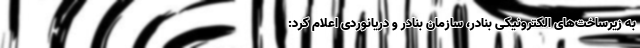
به زیرساخت‌های الکترونیکی بنادر، سازمان بنادر و دریانوردی اعلام کرد: